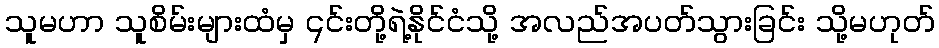
သူမဟာ သူစိမ်းများထံမှ ၎င်းတို့ရဲ့နိုင်ငံသို့ အလည်အပတ်သွားခြင်း သို့မဟုတ်